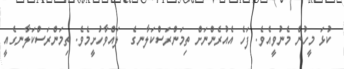
ކުޅަ މީހުން މެނުވީއެވެ. ފަހެ އެއުރެންނަށް ތިމަންރަސްކަލާނގެ  ލައްވާހުށީމެވެ. ތިމަންރަސްކަލާނގެއީ